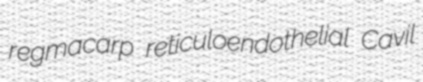
regmacarp reticuloendothelial Cavil